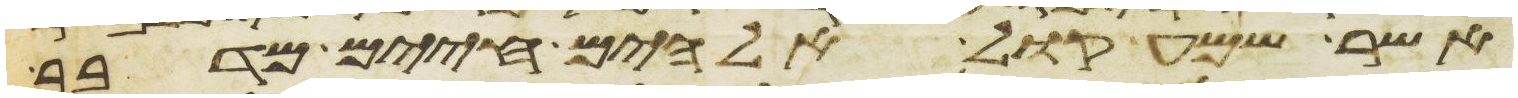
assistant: אשר שמע קול אלהים חיים מדבר